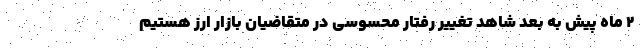
۲ ماه پیش به بعد شاهد تغییر رفتار محسوسی در متقاضیان بازار ارز هستیم